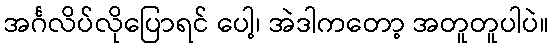
အင်္ဂလိပ်လိုပြောရင် ပေါ့၊ အဲဒါကတော့ အတူတူပါပဲ။